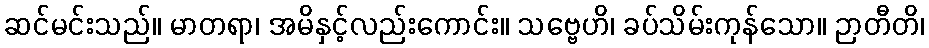
ဆင်မင်းသည်။ မာတရာ၊ အမိနှင့်လည်းကောင်း။ သဗ္ဗေဟိ၊ ခပ်သိမ်းကုန်သော။ ဉာတီတိ၊